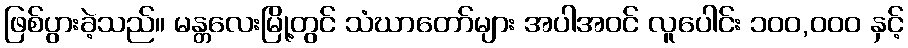
ဖြစ်ပွားခဲ့သည်။ မန္တလေးမြို့တွင် သံဃာတော်များ အပါအဝင် လူပေါင်း ၁၀၀,၀၀၀ နှင့်